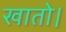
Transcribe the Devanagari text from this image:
खातो।